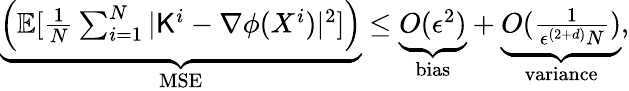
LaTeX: \begin{array}{r}{\underbrace{\left(\mathbb{E}[\frac{1}{N}\sum_{i=1}^{N}|{\sf K}^{i}-\nabla\phi(X^{i})|^{2}]\right)}_{\mathrm{MSE}}\leq\underbrace{O(\epsilon^{2})}_{\mathrm{bias}}+\underbrace{O(\frac{1}{\epsilon^{(2+d)}N})}_{\mathrm{variance}},}\end{array}